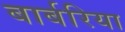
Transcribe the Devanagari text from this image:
बार्बरिया